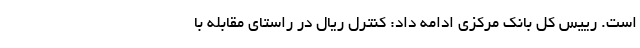
است. رییس کل بانک مرکزی ادامه داد: کنترل ریال در راستای مقابله با